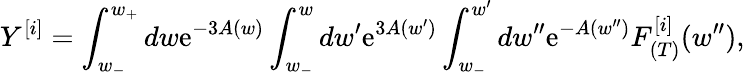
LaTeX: Y^{[i]}=\int_{w_{-}}^{w_{+}}dw\mathrm{e}^{-3A(w)}\int_{w_{-}}^{w}dw^{\prime}\mathrm{e}^{3A(w^{\prime})}\int_{w_{-}}^{w^{\prime}}dw^{\prime\prime}\mathrm{e}^{-A(w^{\prime\prime})}F_{(T)}^{[i]}(w^{\prime\prime}),